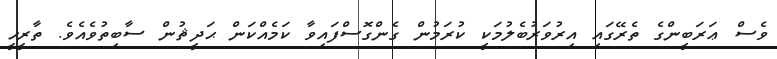
ވެސް ޢަރަބީންގެ ތެރޭގައި އިރުވަރުބެލުމަކީ ކުރަމުން ގެންގޮސްފައިވާ ކަމެއްކަން ޙަދީޘުން ސާބިތުވެއެވެ. ތާރީޚީ